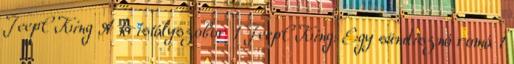
JeepCKing A kristályszobor 1 JeepCKing: Egy sündisznó romá 1